Civil Veterinary Dept. Assam report 1911-1927 - 1911-1927
Year: 1911
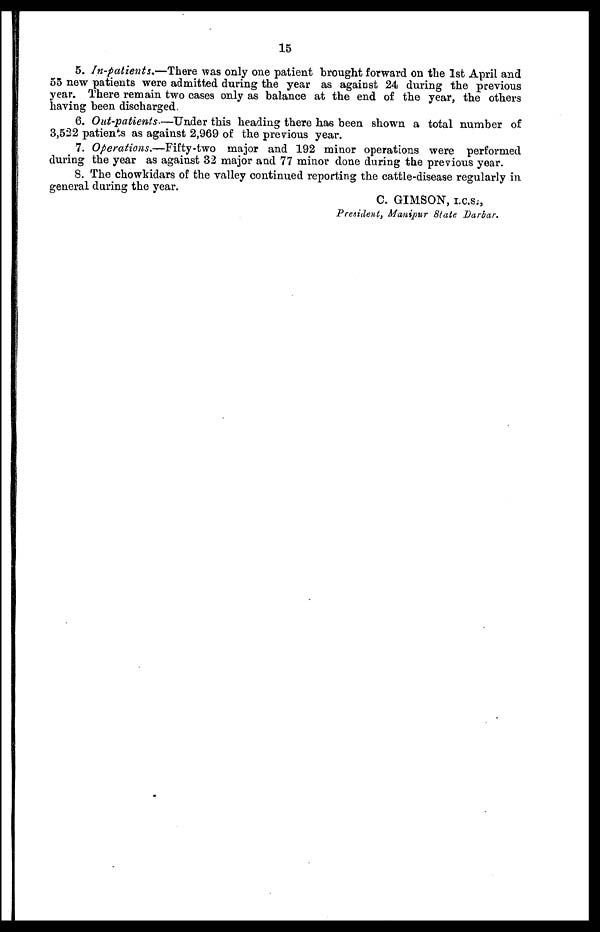
15
5. In-patients,—There was only one patient brought forward on the 1st April and
55 new patients were admitted during the year as against 24 during the previous
year. There remain two cases only as balance at the end of the year, the others
having been discharged.
6. Out-patients—Under this heading there has been shown a total number of
3,522 patients as against 2,969 of the previous year.
7. Operations.—Fifty-two major and 192 minor operations were performed
during the year as against 32 major and 77 minor done during the previous year.
8. The chowkidars of the valley continued reporting the cattle-disease regularly in
general during the year.
C. GIMSON, I.C.S.-,
President, Manipur State Darbar.